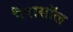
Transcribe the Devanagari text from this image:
पैरासॉल